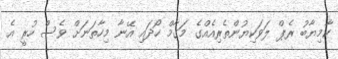
ކާމިޔާބު ރެޕް ލަވަކިޔުންތެރިއެއްގެ މަގާމް ހޯދައި އޭނާ މިހާތަނަށް ވެސް ހުރީ އެ